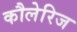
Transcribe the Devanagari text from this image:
कौलेरिज